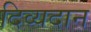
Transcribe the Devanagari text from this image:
दिव्यदान